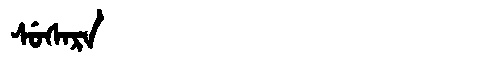
Manchu: ᠰᡠᠰᠠᡵᠠ
Romanization: SUSARA